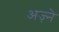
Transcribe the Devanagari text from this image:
अज़्ने